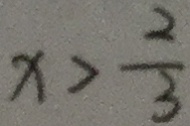
x > \frac { 2 } { 3 }